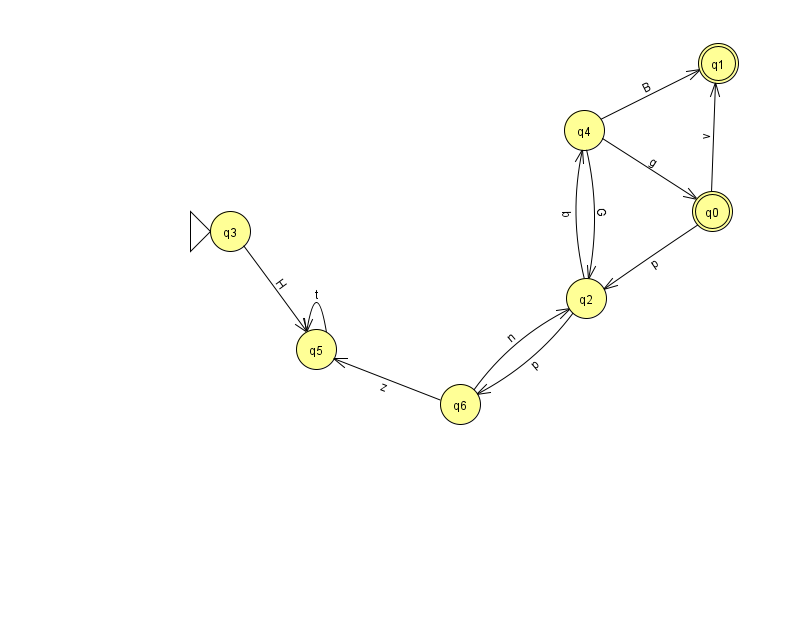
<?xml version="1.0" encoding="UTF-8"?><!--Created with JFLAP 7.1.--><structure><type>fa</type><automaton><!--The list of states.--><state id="0" name="q0"><x>712.0</x><y>198.0</y><final/></state><state id="1" name="q1"><x>718.0</x><y>50.0</y><final/></state><state id="2" name="q2"><x>586.0</x><y>285.0</y></state><state id="3" name="q3"><x>230.0</x><y>218.0</y><initial/></state><state id="4" name="q4"><x>584.0</x><y>117.0</y></state><state id="5" name="q5"><x>316.0</x><y>336.0</y></state><state id="6" name="q6"><x>460.0</x><y>391.0</y></state><!--The list of transitions.--><transition><from>0</from><to>2</to><read>p</read></transition><transition><from>4</from><to>2</to><read>G</read></transition><transition><from>6</from><to>5</to><read>z</read></transition><transition><from>4</from><to>0</to><read>g</read></transition><transition><from>5</from><to>5</to><read>t</read></transition><transition><from>6</from><to>2</to><read>n</read></transition><transition><from>2</from><to>4</to><read>b</read></transition><transition><from>2</from><to>6</to><read>p</read></transition><transition><from>0</from><to>1</to><read>v</read></transition><transition><from>4</from><to>1</to><read>B</read></transition><transition><from>3</from><to>5</to><read>H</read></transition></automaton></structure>